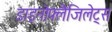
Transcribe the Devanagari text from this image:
डाइनोफ्लैजिलेट्स